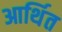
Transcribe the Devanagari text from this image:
आर्थित